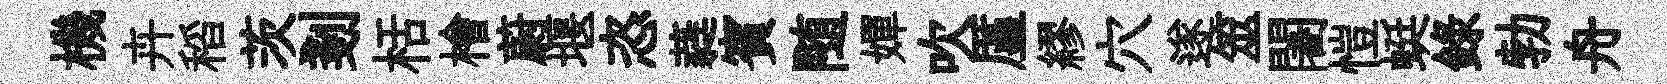
機卉稻茨剗栝檜蔚堰恣蕤賓随嬋吹厪繆穴遂筮闍愷蜓録勃舟